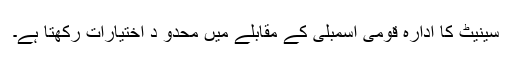
سینیٹ کا ادارہ قومی اسمبلی کے مقابلے میں محدو د اختیارات رکھتا ہے۔